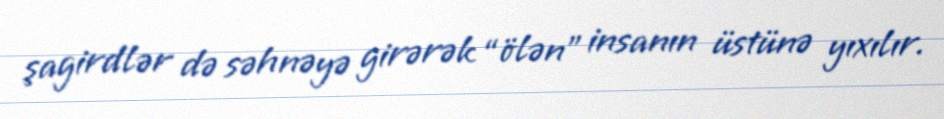
şagirdlər də səhnəyə girərək “ölən” insanın üstünə yıxılır.